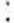
: